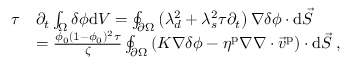
\begin{array} { r l } { \tau } & { \partial _ { t } \int _ { \Omega } \delta \phi \mathrm { d } V = \oint _ { \partial \Omega } \left( \lambda _ { d } ^ { 2 } + \lambda _ { s } ^ { 2 } \tau \partial _ { t } \right) \nabla \delta \phi \cdot \mathrm { d } \vec { S } } \\ & { = \frac { \phi _ { 0 } ( 1 - \phi _ { 0 } ) ^ { 2 } \tau } { \zeta } \oint _ { \partial \Omega } \left( K \nabla \delta \phi - \eta ^ { \mathrm { p } } \nabla \nabla \cdot \vec { v } ^ { \mathrm { p } } \right) \cdot \mathrm { d } \vec { S } \; , } \end{array}